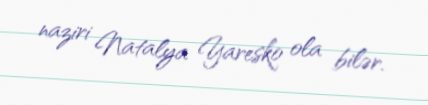
naziri Natalya Yaresko ola bilər.